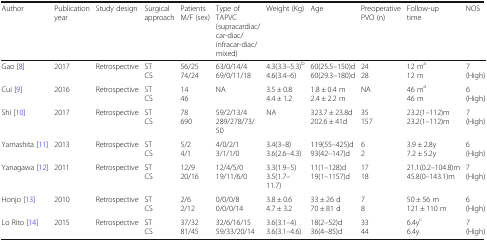
| Author | Publication year | Study design | Surgical approach | Patients M/F (sex) | Type of TAPVC (supracardiac/car-diac/infracar-diac/mixed) | Weight (Kg) | Age | Preoperative PVO (n) | Follow-up time | NOS |
 | --- | --- | --- | --- | --- | --- | --- | --- | --- | --- | --- |
 | Gao [8] | 2017 | Retrospective | STCS | 56/2574/24 | 63/0/14/469/0/11/18 | 4.3(3.3–5.3)b4.6(3.4–6) | 60(25.5–150)d60(29.3–180)d | 2428 | 12 ma12 m | 7(High) |
 | Cui [9] | 2016 | Retrospective | STCS | 1446 | NA | 3.5 ± 0.84.4 ± 1.2 | 1.8 ± 0.4 m2.4 ± 2.2 m | NA | 46 ma46 m | 6(High) |
 | Shi [10] | 2017 | Retrospective | STCS | 78690 | 59/2/13/4289/278/73/50 | NA | 323.7 ± 23.8d202.6 ± 41d | 35157 | 23.2(1–112)m23.2(1–112)m | 7(High) |
 | Yamashita [11] | 2013 | Retrospective | STCS | 5/24/1 | 4/0/2/13/1/1/0 | 3.4(3–8)3.6(2.6–4.3) | 119(55–425)d93(42–147)d | 62 | 3.9 ± 2.8y7.2 ± 5.2y | 6(High) |
 | Yanagawa [12] | 2011 | Retrospective | STCS | 12/920/16 | 12/4/5/019/11/6/0 | 3.3(1.9–5)3.5(1.7–11.7) | 11(1–128)d19(1–1157)d | 1718 | 21.1(0.2–104.8)m45.8(0–143.1)m | 7(High) |
 | Honjo [13] | 2010 | Retrospective | STCS | 2/62/12 | 0/0/0/80/0/0/14 | 3.8 ± 0.64.7 ± 3.2 | 33 ± 26 d70 ± 81 d | 78 | 50 ± 56 m121 ± 110 m | 6(High) |
 | Lo Rito [14] | 2015 | Retrospective | STCS | 37/3281/45 | 32/6/16/1559/33/20/14 | 3.6(3.1–4)3.6(3.1–4.6) | 18(2–52)d36(4–85)d | 3344 | 6.4yc6.4y | 7(High) |